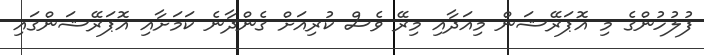
ފުލުުހުންގެ މި އޮޕަރޭޝަން މިއަދާއި މިރޭ ވެސް ކުރިއަށް ގެންދާނެ ކަމަށާއި އޮޕަރޭޝަންގައި